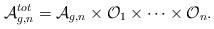
LaTeX: \begin{align*}{\cal A}_{g,n}^{tot}={\cal A}_{g,n}\times {\cal O}_{1}\times \dots\times {\cal O}_{n}. \end{align*}